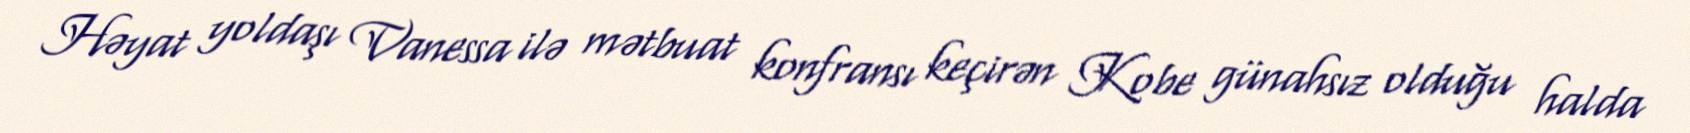
Həyat yoldaşı Vanessa ilə mətbuat konfransı keçirən Kobe günahsız olduğu halda